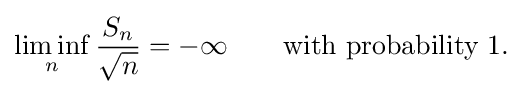
\liminf _{n}{\frac {S_{n}}{\sqrt {n}}}=-\infty \qquad {\text{with probability 1.}}